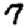
Digit: 7